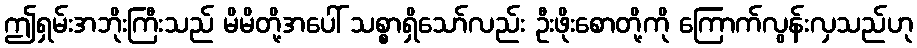
ဤရှမ်းအဘိုးကြီးသည် မိမိတို့အပေါ် သစ္စာရှိသော်လည်း ဦးဖိုးစောတို့ကို ကြောက်လွန်းလှသည်ဟု